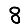
Digit: 8